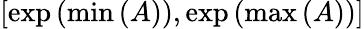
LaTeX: \left[\exp\left(\operatorname*{min}\left(A\right)\right),\exp\left(\operatorname*{max}\left(A\right)\right)\right]